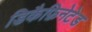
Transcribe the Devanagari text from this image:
डिकैफ़िनेटेड